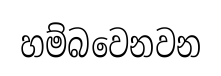
හම්බවෙනවන